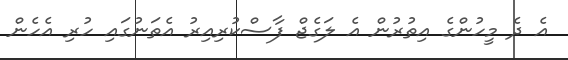
އެ ދެ މީހުންގެ އިތުރުން އެ ލަގެޖް ފާސްކުރިއިރު އެތަނުގައި ހުރި އެހެން